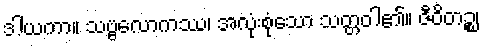
ဒါယကာ။ သဗ္ဗလောကဿ၊ အလုံးစုံသော သတ္တဝါ၏။ ဇီဝိတဉ္စ၊